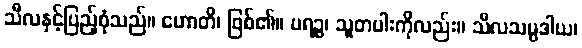
သီလနှင့်ပြည့်စုံသည်။ ဟောတိ၊ ဖြစ်၏။ ပရဉ္စ၊ သူတပါးကိုလည်း။ သီလသမ္ပဒါယ၊